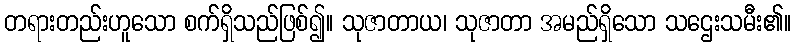
တရားတည်းဟူသော စက်ရှိသည်ဖြစ်၍။ သုဇာတာယ၊ သုဇာတာ အမည်ရှိသော သဌေးသမီး၏။